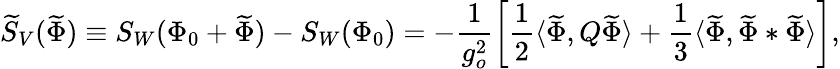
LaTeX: \widetilde{S}_{V}(\widetilde{\Phi})\equiv S_{W}(\Phi_{0}+\widetilde{\Phi})-S_{W}(\Phi_{0})=-\frac{1}{g_{o}^{2}}\left[\frac{1}{2}\langle\widetilde{\Phi},Q\widetilde{\Phi}\rangle+\frac{1}{3}\langle\widetilde{\Phi},\widetilde{\Phi}*\widetilde{\Phi}\rangle\right],